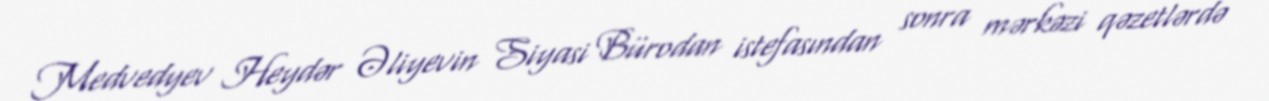
Medvedyev Heydər Əliyevin Siyasi Bürodan istefasından sonra mərkəzi qəzetlərdə